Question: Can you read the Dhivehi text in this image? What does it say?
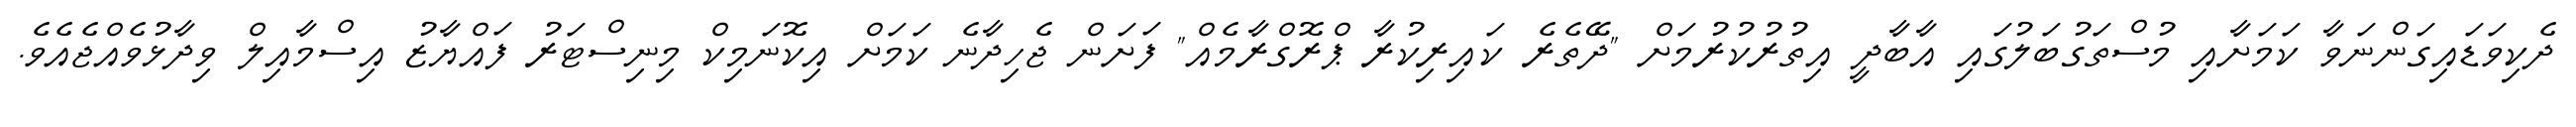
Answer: ދެކިވަޑައިގަންނަވާ ކަމަށާއި މުސްތަގުބަލުގައި އާބާދީ އިތުރުކުރުމަށް "ދޭތެރެ ކައިރިކުރާ ޕްރޮގްރާމެއް" ފަށަން ޖެހިދާނެ ކަމަށް އިކޮނަމިކް މިނިސްޓަރު ފައްޔާޒު އިސްމާއިލް ވިދާޅުވެއްޖެއެވެ.